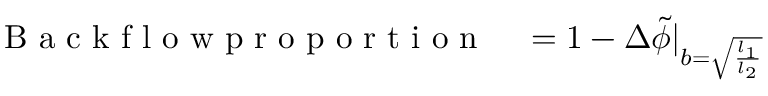
\begin{array} { r l } { \mathrm { ~ B ~ a ~ c ~ k ~ f ~ l ~ o ~ w ~ p ~ r ~ o ~ p ~ o ~ r ~ t ~ i ~ o ~ n ~ } } & { { } = 1 - \Delta \Tilde { \phi } | _ { b = \sqrt { \frac { l _ { 1 } } { l _ { 2 } } } } } \end{array}